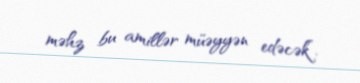
məhz bu amillər müəyyən edəcək”.